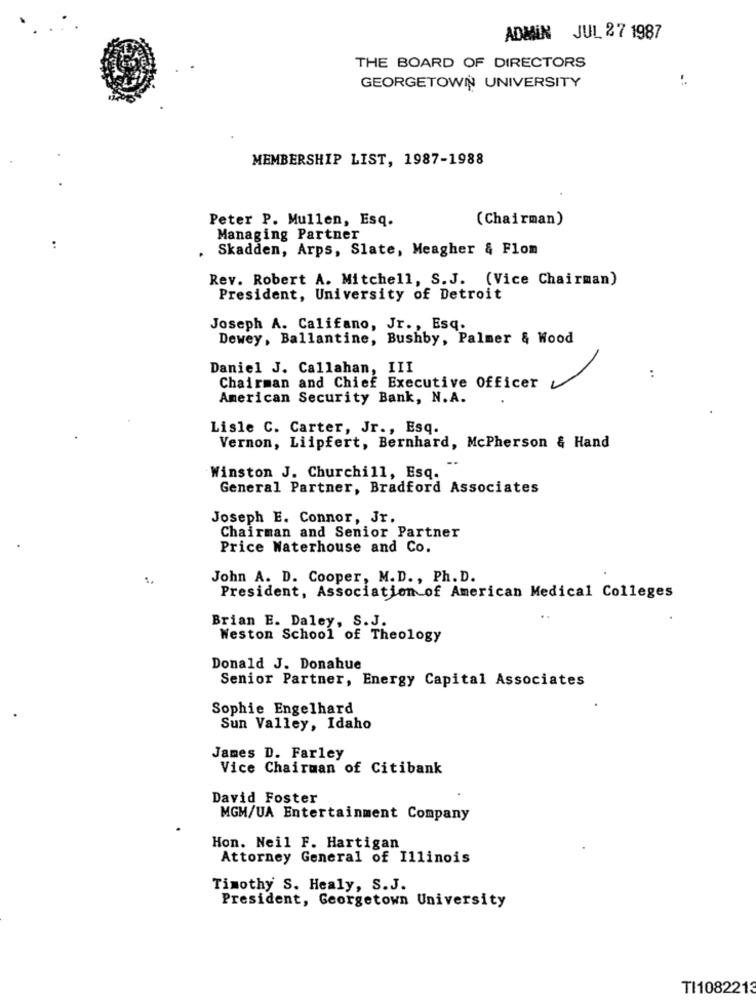
ADMIN JUL 27 1987
THE BOARD OF DIRECTORS
GEORGETOWN UNIVERSITY
MEMBERSHIP LIST, 1987-1988
Peter P. Mullen, Esq.
(Chairman)
Managing Partner
:
Skadden, Arps, Slate, Meagher & Flom
Rev. Robert A. Mitchell, S.J. (Vice Chairman)
President, University of Detroit
Joseph A. Califano, Jr ., Esq.
Dewey, Ballantine, Bushby, Palmer & Wood
Daniel J. Callahan, III
Chairman and Chief Executive Officer
:
American Security Bank, N.A.
Lisle C. Carter, Jr ., Esq.
Vernon, Liipfert, Bernhard, McPherson & Hand
Winston J. Churchill, Esq.
General Partner, Bradford Associates
Joseph E. Connor, Jr.
Chairman and Senior Partner
Price Waterhouse and Co.
John A. D. Cooper, M.D ., Ph. D.
President, Association of American Medical Colleges
Brian E. Daley, S.J.
..
Weston School of Theology
Donald J. Donahue
Senior Partner, Energy Capital Associates
Sophie Engelhard
Sun Valley, Idaho
James D. Farley
Vice Chairman of Citibank
David Foster
MGM/UA Entertainment Company
Hon. Neil F. Hartigan
Attorney General of Illinois
Timothy S. Healy, S.J.
President, Georgetown University
TI1082213